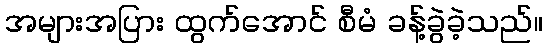
အများအပြား ထွက်အောင် စီမံ ခန့်ခွဲခဲ့သည်။